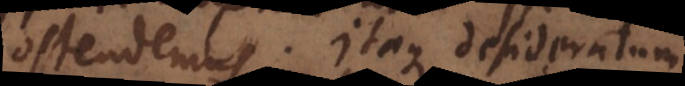
ostendemus. Itaque desideratum